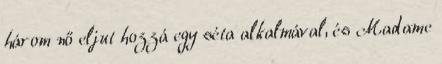
három nő eljut hozzá egy séta alkalmával, és Madame